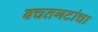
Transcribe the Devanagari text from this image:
बचतगटांचा